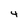
Character: 4